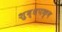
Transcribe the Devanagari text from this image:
शुद्धपक्ष